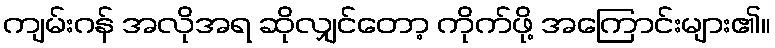
ကျမ်းဂန် အလိုအရ ဆိုလျှင်တော့ ကိုက်ဖို့ အကြောင်းများ၏။